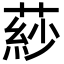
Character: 䔋